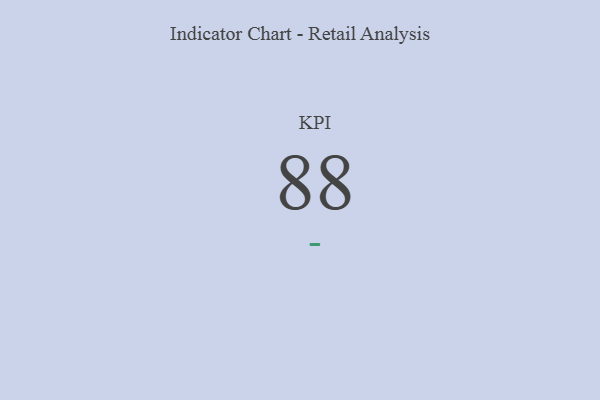
{"axis": {"x": "KPI", "y": "Value"}, "legend": [""], "data": [{"x": "KPI", "y": 88, "type": ""}]}